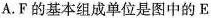
A.F的基本组成单位是图中的E